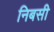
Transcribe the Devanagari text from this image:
निबसी